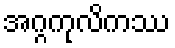
အဂ္ဂကုလိကဿ